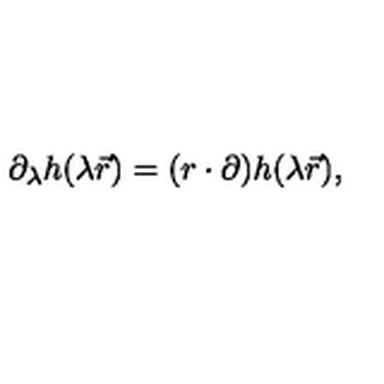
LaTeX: \partial _ { \lambda } h ( \lambda \vec { r } ) = ( r \cdot \partial ) h ( \lambda \vec { r } ) ,